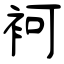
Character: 袔